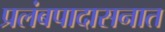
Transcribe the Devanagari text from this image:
प्रलंबपादासनात